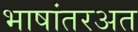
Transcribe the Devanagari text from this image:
भाषांतरअत